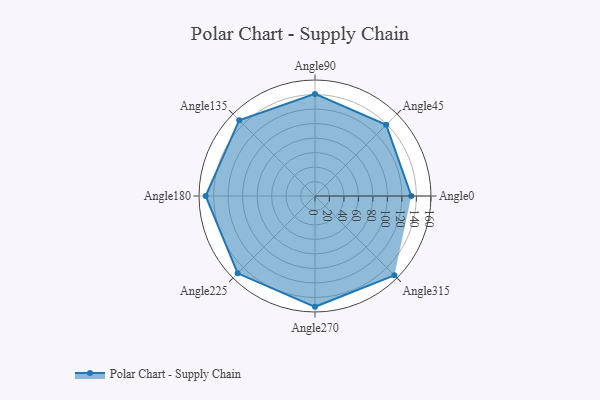
{"axis": {"x": "Angle", "y": "Radius"}, "legend": [""], "data": [{"x": "Angle0", "y": 133.0, "type": ""}, {"x": "Angle45", "y": 139.0, "type": ""}, {"x": "Angle90", "y": 141.0, "type": ""}, {"x": "Angle135", "y": 148.0, "type": ""}, {"x": "Angle180", "y": 151.0, "type": ""}, {"x": "Angle225", "y": 151.0, "type": ""}, {"x": "Angle270", "y": 153.0, "type": ""}, {"x": "Angle315", "y": 155.0, "type": ""}]}